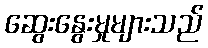
ဆွေးနွေးမှုများသည်